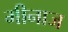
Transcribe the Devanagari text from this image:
मीनाज